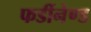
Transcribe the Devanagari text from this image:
फर्डीनेण्ड